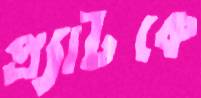
প্র্যাটকে